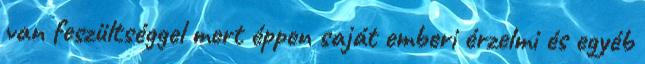
van feszültséggel mert éppen saját emberi érzelmi és egyéb